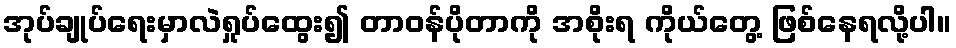
အုပ်ချုပ်ရေးမှာလဲရှုပ်ထွေး၍ တာဝန်ပိုတာကို အစိုးရ ကိုယ်တွေ့ ဖြစ်နေရလို့ပါ။